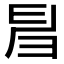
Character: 𢑚